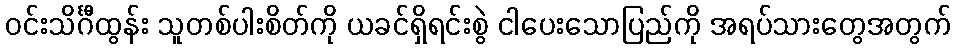
ဝင်းသိင်္ဂီထွန်း သူတစ်ပါးစိတ်ကို ယခင်ရှိရင်းစွဲ ငါပေးသောပြည်ကို အရပ်သားတွေအတွက်